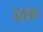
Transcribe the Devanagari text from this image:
वेरोनल